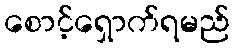
စောင့်ရှောက်ရမည်